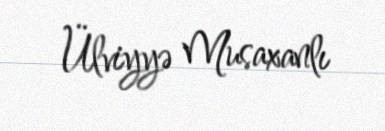
Ülviyyə Musaxanlı